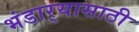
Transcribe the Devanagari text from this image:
भंडार्‍यासाठी